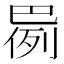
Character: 𫶸